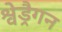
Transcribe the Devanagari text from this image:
श्वेड्रैगन